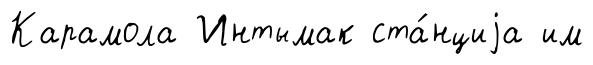
Карамола Интымак ста́нциjа им